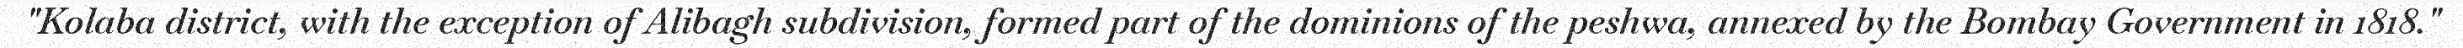
"Kolaba district, with the exception of Alibagh subdivision, formed part of the dominions of the peshwa, annexed by the Bombay Government in 1818."